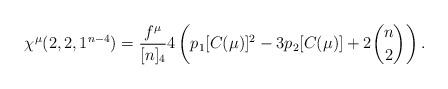
LaTeX: \begin{align*}\chi^{\mu}(2,2,1^{n-4})&=\frac{f^{\mu}}{[n]_4}4\left(p_1[C(\mu)]^2-3p_2[C(\mu)]+2\binom{n}{2}\right).\end{align*}